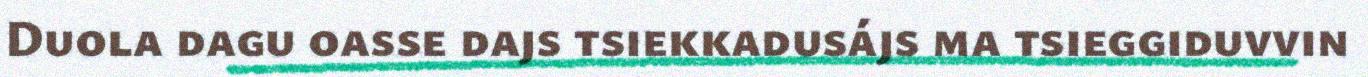
Duola dagu oasse dajs tsiekkadusájs ma tsieggiduvvin